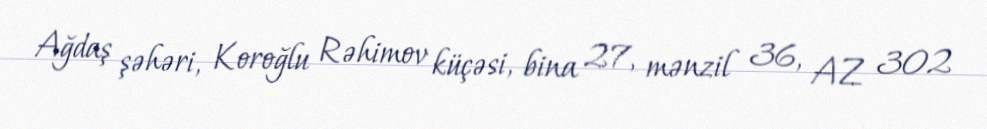
Ağdaş şəhəri, Koroğlu Rəhimov küçəsi, bina 27, mənzil 36, AZ 302